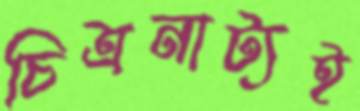
চিত্রনাট্যই